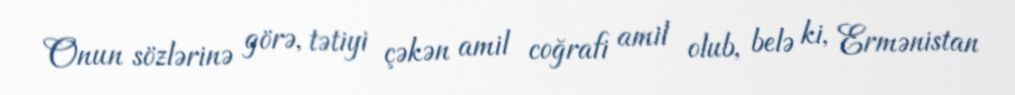
Onun sözlərinə görə, tətiyi çəkən amil coğrafi amil olub, belə ki, Ermənistan